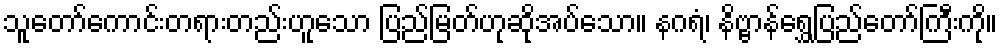
သူတော်ကောင်းတရားတည်းဟူသော ပြည်မြတ်ဟုဆိုအပ်သော။ နဂရံ၊ နိဗ္ဗာန်ရွှေပြည်တော်ကြီးကို။